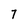
Character: 7